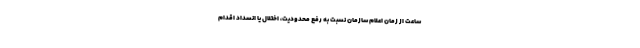
ساعت از زمان اعلام سازمان نسبت به رفع محدودیت، اختلال یا انسداد اقدام